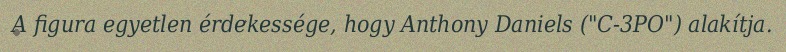
A figura egyetlen érdekessége, hogy Anthony Daniels ("C-3PO") alakítja.